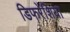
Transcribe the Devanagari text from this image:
डिफरेंशिया